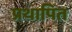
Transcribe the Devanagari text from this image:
प्रथापित